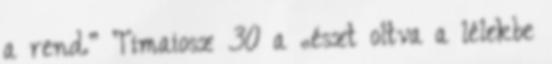
a rend.” Timaiosz 30 a „észt oltva a lélekbe